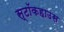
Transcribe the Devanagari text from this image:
स्टॉकहाउस